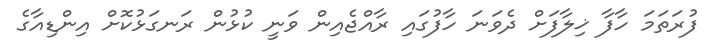
ފުރަތަމަ ހާފާ ޚިލާފަަށް ދެވަނަ ހާފުގައި ރާއްޖެއިން ވަނީ ކުޅުން ރަނގަޅުކޮށް އިންޑިއާގެ